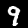
Digit: 9